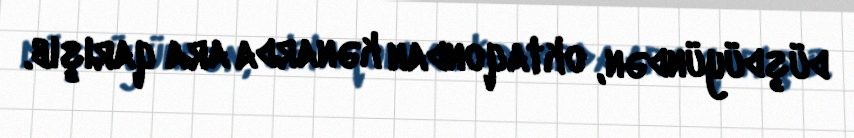
düşdüyündən, oktaqondan kənarda ara qarışıb.